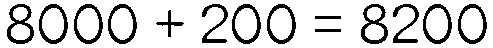
8000 + 200 = 8200